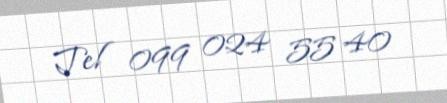
Tel 099 024 55 40